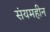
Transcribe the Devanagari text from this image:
संयमहीन